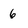
Character: 6